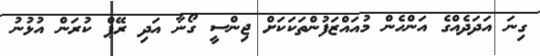
ގިނަ އަދަދެއްގެ އަންހެން މުއައްޒަފުންތަކަކަށް ޖިންސީ ގޯނާ އަދި ރޭޕް ކުރަން އުޅުނު